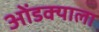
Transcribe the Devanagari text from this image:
ओंडक्याला